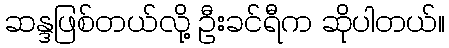
ဆန္ဒဖြစ်တယ်လို့ ဦးခင်ရီက ဆိုပါတယ်။